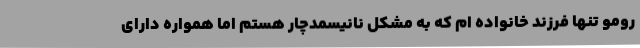
رومو تنها فرزند خانواده ام که به مشکل نانیسمدچار هستم اما همواره دارای